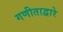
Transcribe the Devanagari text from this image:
गणीताद्वारे